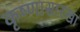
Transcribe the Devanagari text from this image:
कृष्णासारखा